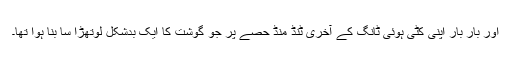
اور بار بار اپنی کٹی ہوئی ٹانگ کے آخری ٹنڈ منڈ حصّے پر جو گوشت کا ایک بدشکل لوتھڑا سا بنا ہوا تھا۔